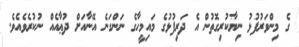
ގެ މިންވަރުފުޅު ނިޔާކުރިގޮތުން އެ ދަރިފުޅުގެ މައިމީހާގެ ނަންގަނެ އޭނާއަށް ދުޢާއެއް ނުކުރެވެއެވެ.